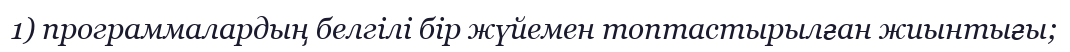
1) программалардың белгілі бір жүйемен топтастырылған жиынтығы;